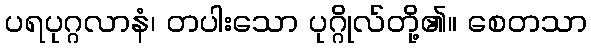
ပရပုဂ္ဂလာနံ၊ တပါးသော ပုဂ္ဂိုလ်တို့၏။ စေတသာ